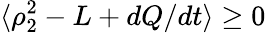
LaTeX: \langle\rho_{2}^{2}-L+dQ/dt\rangle\geq 0